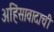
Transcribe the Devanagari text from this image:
अहिंसावादाची